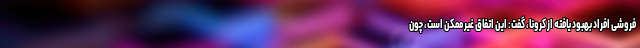
فروشی افراد بهبود یافته از کرونا، گفت: این اتفاق غیرممکن است، چون